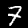
Label: 7